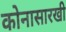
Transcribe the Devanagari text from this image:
कोनासारखी